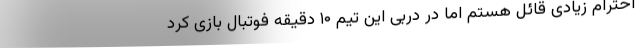
احترام زیادی قائل هستم اما در دربی این تیم ۱۰ دقیقه فوتبال بازی کرد